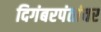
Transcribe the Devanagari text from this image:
दिगंबरपंतांवर